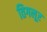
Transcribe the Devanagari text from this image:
तिगलूर